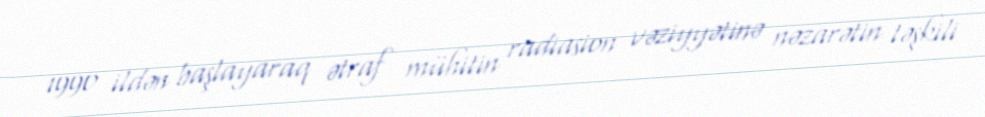
1990 ildən başlayaraq ətraf mühitin radiasion vəziyyətinə nəzarətin təşkili